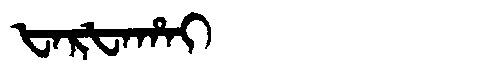
Manchu: ᡶᠠᡵᡶᠠᡥᠠᡳ
Romanization: FARFAHAI